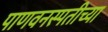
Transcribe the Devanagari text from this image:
पाणवनस्पतीच्या